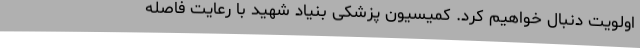
اولویت دنبال خواهیم کرد. کمیسیون پزشکی بنیاد شهید با رعایت فاصله